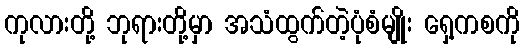
ကုလားတို့ ဘုရားတို့မှာ အသံထွက်တဲ့ပုံစံမျိုး ရှေ့ကစကို